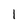
Character: 1